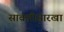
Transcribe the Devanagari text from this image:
सावलीसारखा